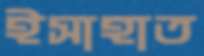
ইসাহাত